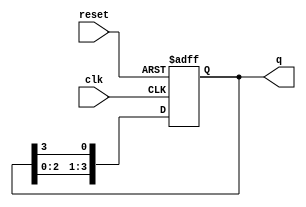
module ring_counter #(parameter N = 4) (
    input wire clk,        // Clock signal
    input wire reset,      // Asynchronous reset signal
    output reg [N-1:0] q   // Output state of the counter
);

    // Initialize the counter
    initial begin
        q = 1'b1;          // Set the first flip-flop to '1', others to '0'
    end

    // Always block triggered on the rising edge of the clock or reset
    always @(posedge clk or posedge reset) begin
        if (reset) begin
            q <= 1'b1;    // Reset the counter to initial state
        end else begin
            // Shift the '1' through the ring
            q <= {q[N-2:0], q[N-1]}; // Shift left and feed last bit back to first bit
        end
    end

endmodule